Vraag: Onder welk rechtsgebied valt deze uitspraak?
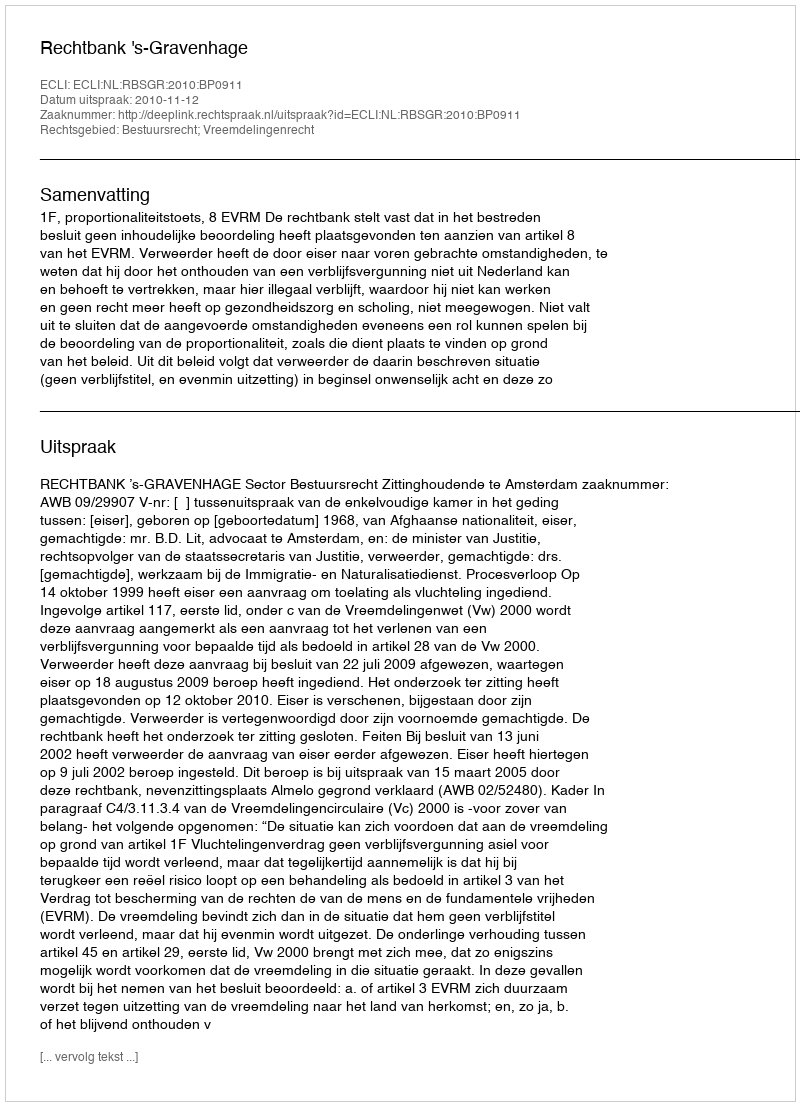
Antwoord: Bestuursrecht; Vreemdelingenrecht